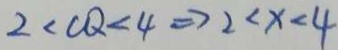
2 < C Q < 4 \Rightarrow 2 < x < 4